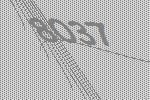
8037